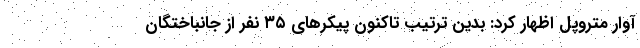
آوار متروپل اظهار کرد: بدین ترتیب تاکنون پیکرهای ۳۵ نفر از جانباختگان